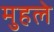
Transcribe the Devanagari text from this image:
मुहले